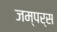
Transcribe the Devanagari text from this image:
जम्पर्स